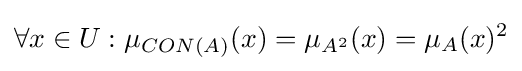
\forall x\in U:\mu _{CON(A)}(x)=\mu _{A^{2}}(x)=\mu _{A}(x)^{2}